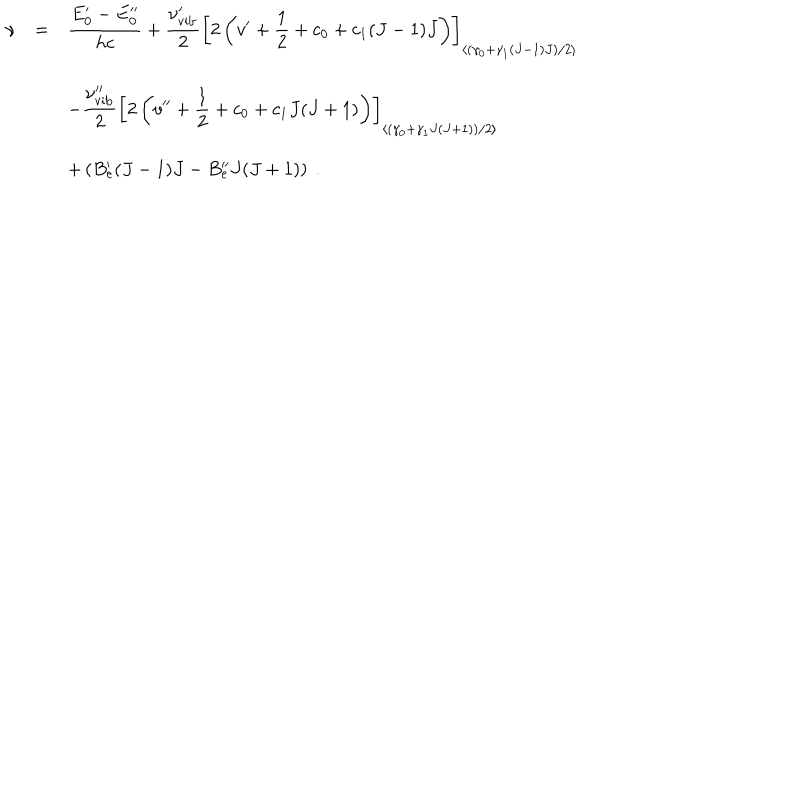
LaTeX: \begin{array} { r c l } { { \nu } } & { { = } } & { { \displaystyle \frac { E _ { 0 } ^ { \prime } - E _ { 0 } ^ { \prime \prime } } { h c } + \displaystyle \frac { \nu _ { \mathrm { v i b } } ^ { \prime } } { 2 } \left[ 2 \left( v ^ { \prime } + { \frac { 1 } { 2 } } + c _ { 0 } + c _ { 1 } ( J - 1 ) J \right) \right] _ { \left< \left( \gamma _ { 0 } + \gamma _ { 1 } ( J - 1 ) J \right) / 2 \right> } } } \\ { { } } & { { } } & { { - \displaystyle \frac { \nu _ { \mathrm { v i b } } ^ { \prime \prime } } { 2 } \left[ 2 \left( v ^ { \prime \prime } + { \frac { 1 } { 2 } } + c _ { 0 } + c _ { 1 } J ( J + 1 ) \right) \right] _ { \left< \left( \gamma _ { 0 } + \gamma _ { 1 } J ( J + 1 ) \right) / 2 \right> } } } \\ { { } } & { { } } & { { + \left( B _ { e } ^ { \prime } ( J - 1 ) J - B _ { e } ^ { \prime \prime } J ( J + 1 ) \right) ~ . } } \\ \end{array}